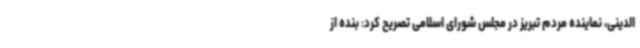
الدینی، نماینده مردم تبریز در مجلس شورای اسلامی تصریح کرد: بنده از